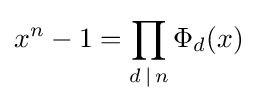
x^{n}-1=\prod _{d\,\mid \,n}\Phi _{d}(x)